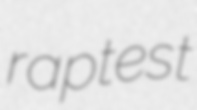
raptest